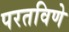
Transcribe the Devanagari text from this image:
परतविणे